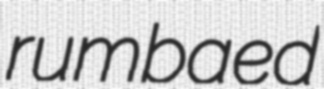
rumbaed